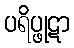
ပရိပ္ဖုဋာ